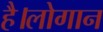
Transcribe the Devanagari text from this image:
है।लोगान